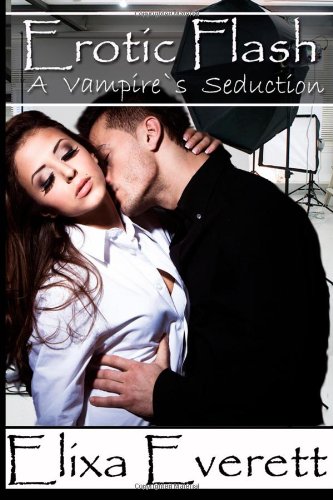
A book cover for Erotic Flash: A Vampire's Seduction; Elixa Everett; Romance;